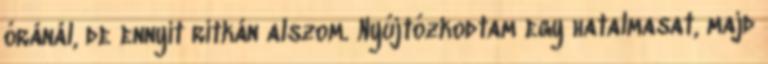
óránál, de ennyit ritkán alszom. Nyújtózkodtam egy hatalmasat, majd